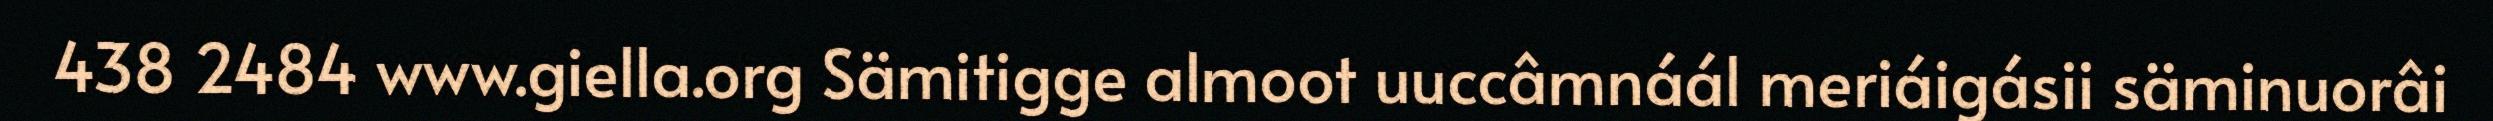
438 2484 www.giella.org Sämitigge almoot uuccâmnáál meriáigásii säminuorâi